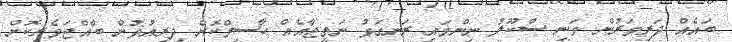
ބައެއް ދަރިވަރުން ވަނީ ސްކޫލު ނިންމައި ރަނގަޅު ނަތީޖާއެއް ހާސިލްކޮށް ދިރިއުޅުން ބާއްޖަވެރިކޮށް